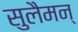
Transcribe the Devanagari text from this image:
सुलैमन्